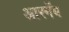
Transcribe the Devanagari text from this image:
आरनॅब